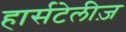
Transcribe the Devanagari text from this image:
हार्सटेलीज़